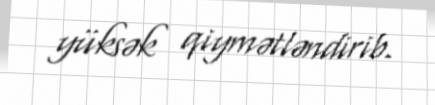
yüksək qiymətləndirib.